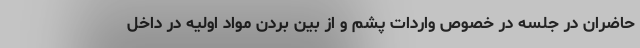
حاضران در جلسه در خصوص واردات پشم و از بین بردن مواد اولیه در داخل